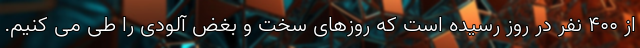
از ۴۰۰ نفر در روز رسیده است که روزهای سخت و بغض آلودی را طی می کنیم.